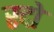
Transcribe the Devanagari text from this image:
रदो